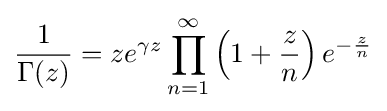
{\frac {1}{\Gamma (z)}}=ze^{\gamma z}\prod _{n=1}^{\infty }\left(1+{\frac {z}{n}}\right)e^{-{\frac {z}{n}}}